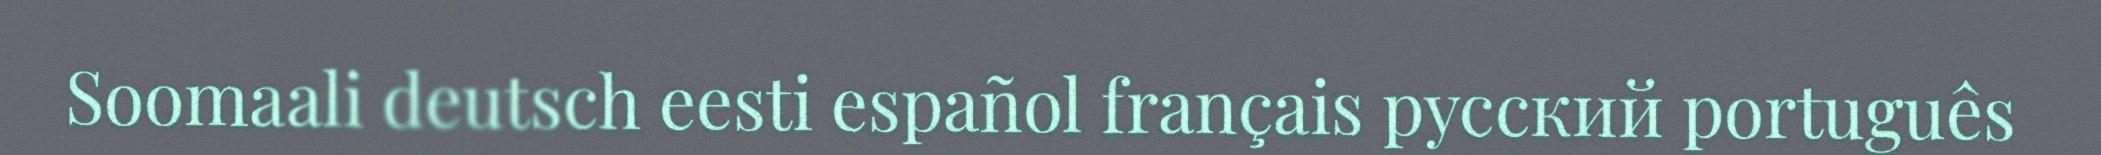
Soomaali deutsch eesti español français русский português